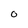
Character: O